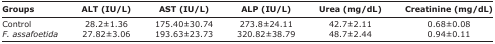
| Groups | ALT (IU/L) | AST (IU/L) | ALP (IU/L) | Urea (mg/dL) | Creatinine (mg/dL) |
 | --- | --- | --- | --- | --- | --- |
 | Control | 28.2±1.36 | 175.40±30.74 | 273.8±24.11 | 42.7±2.11 | 0.68±0.08 |
 | F. assa-foetida | 27.82±3.06 | 193.63±23.73 | 320.82±38.79 | 48.7±2.44 | 0.94±0.11 |